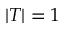
\lvert T \rvert = 1